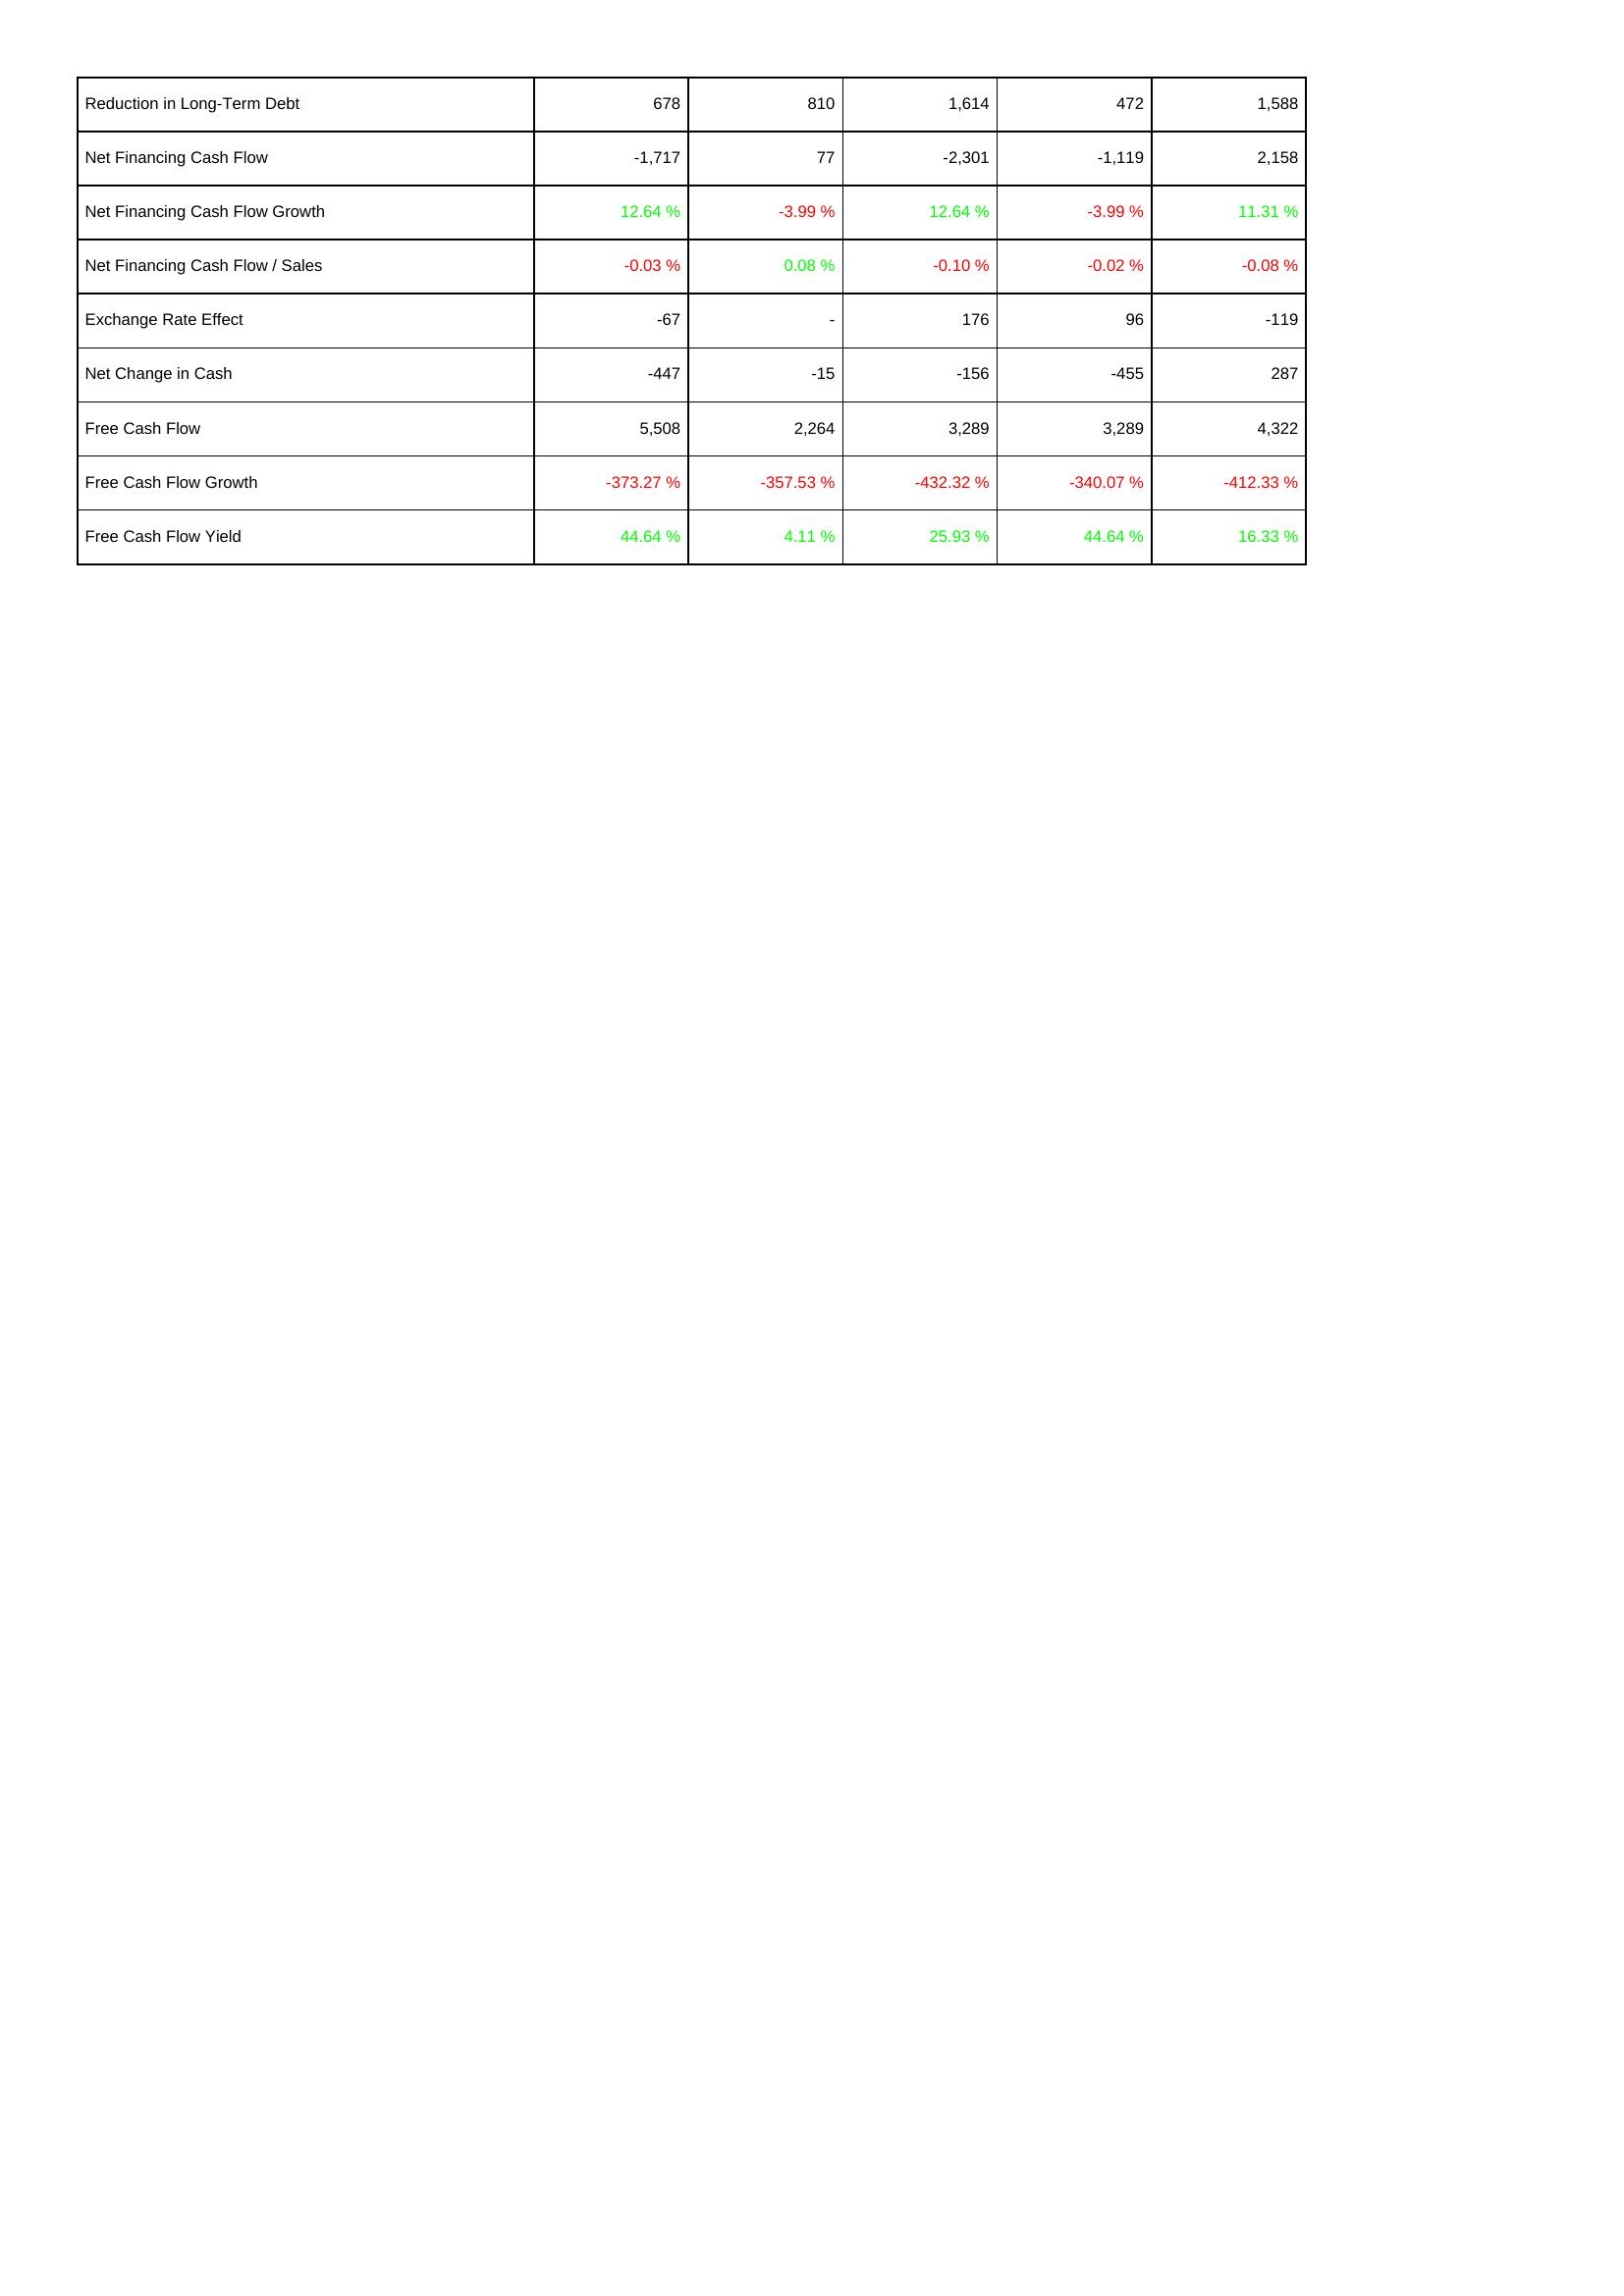
2010: Financing Activities: Reduction in Long-Term Debt: 678
Net Financing Cash Flow: -1,717
Net Financing Cash Flow Growth: 12.64 %
Net Financing Cash Flow / Sales: -0.03 %
Exchange Rate Effect: -67
Net Change in Cash: -447
Free Cash Flow: 5,508
Free Cash Flow Growth: -373.27 %
Free Cash Flow Yield: 44.64 %
2009: Financing Activities: Reduction in Long-Term Debt: 810
Net Financing Cash Flow: 77
Net Financing Cash Flow Growth: -3.99 %
Net Financing Cash Flow / Sales: 0.08 %
Exchange Rate Effect: -
Net Change in Cash: -15
Free Cash Flow: 2,264
Free Cash Flow Growth: -357.53 %
Free Cash Flow Yield: 4.11 %
2008: Financing Activities: Reduction in Long-Term Debt: 1,614
Net Financing Cash Flow: -2,301
Net Financing Cash Flow Growth: 12.64 %
Net Financing Cash Flow / Sales: -0.10 %
Exchange Rate Effect: 176
Net Change in Cash: -156
Free Cash Flow: 3,289
Free Cash Flow Growth: -432.32 %
Free Cash Flow Yield: 25.93 %
2007: Financing Activities: Reduction in Long-Term Debt: 472
Net Financing Cash Flow: -1,119
Net Financing Cash Flow Growth: -3.99 %
Net Financing Cash Flow / Sales: -0.02 %
Exchange Rate Effect: 96
Net Change in Cash: -455
Free Cash Flow: 3,289
Free Cash Flow Growth: -340.07 %
Free Cash Flow Yield: 44.64 %
2006: Financing Activities: Reduction in Long-Term Debt: 1,588
Net Financing Cash Flow: 2,158
Net Financing Cash Flow Growth: 11.31 %
Net Financing Cash Flow / Sales: -0.08 %
Exchange Rate Effect: -119
Net Change in Cash: 287
Free Cash Flow: 4,322
Free Cash Flow Growth: -412.33 %
Free Cash Flow Yield: 16.33 %